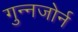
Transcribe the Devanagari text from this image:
गुन्नजोर्न